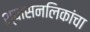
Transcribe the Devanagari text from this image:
श्वासनलिकांचा